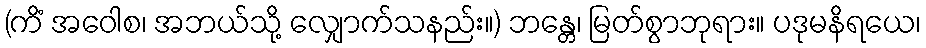
(ကိံ အဝေါစ၊ အဘယ်သို့ လျှောက်သနည်း။) ဘန္တေ၊ မြတ်စွာဘုရား။ ပဒုမနိရယေ၊